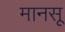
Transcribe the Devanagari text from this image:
मानसू